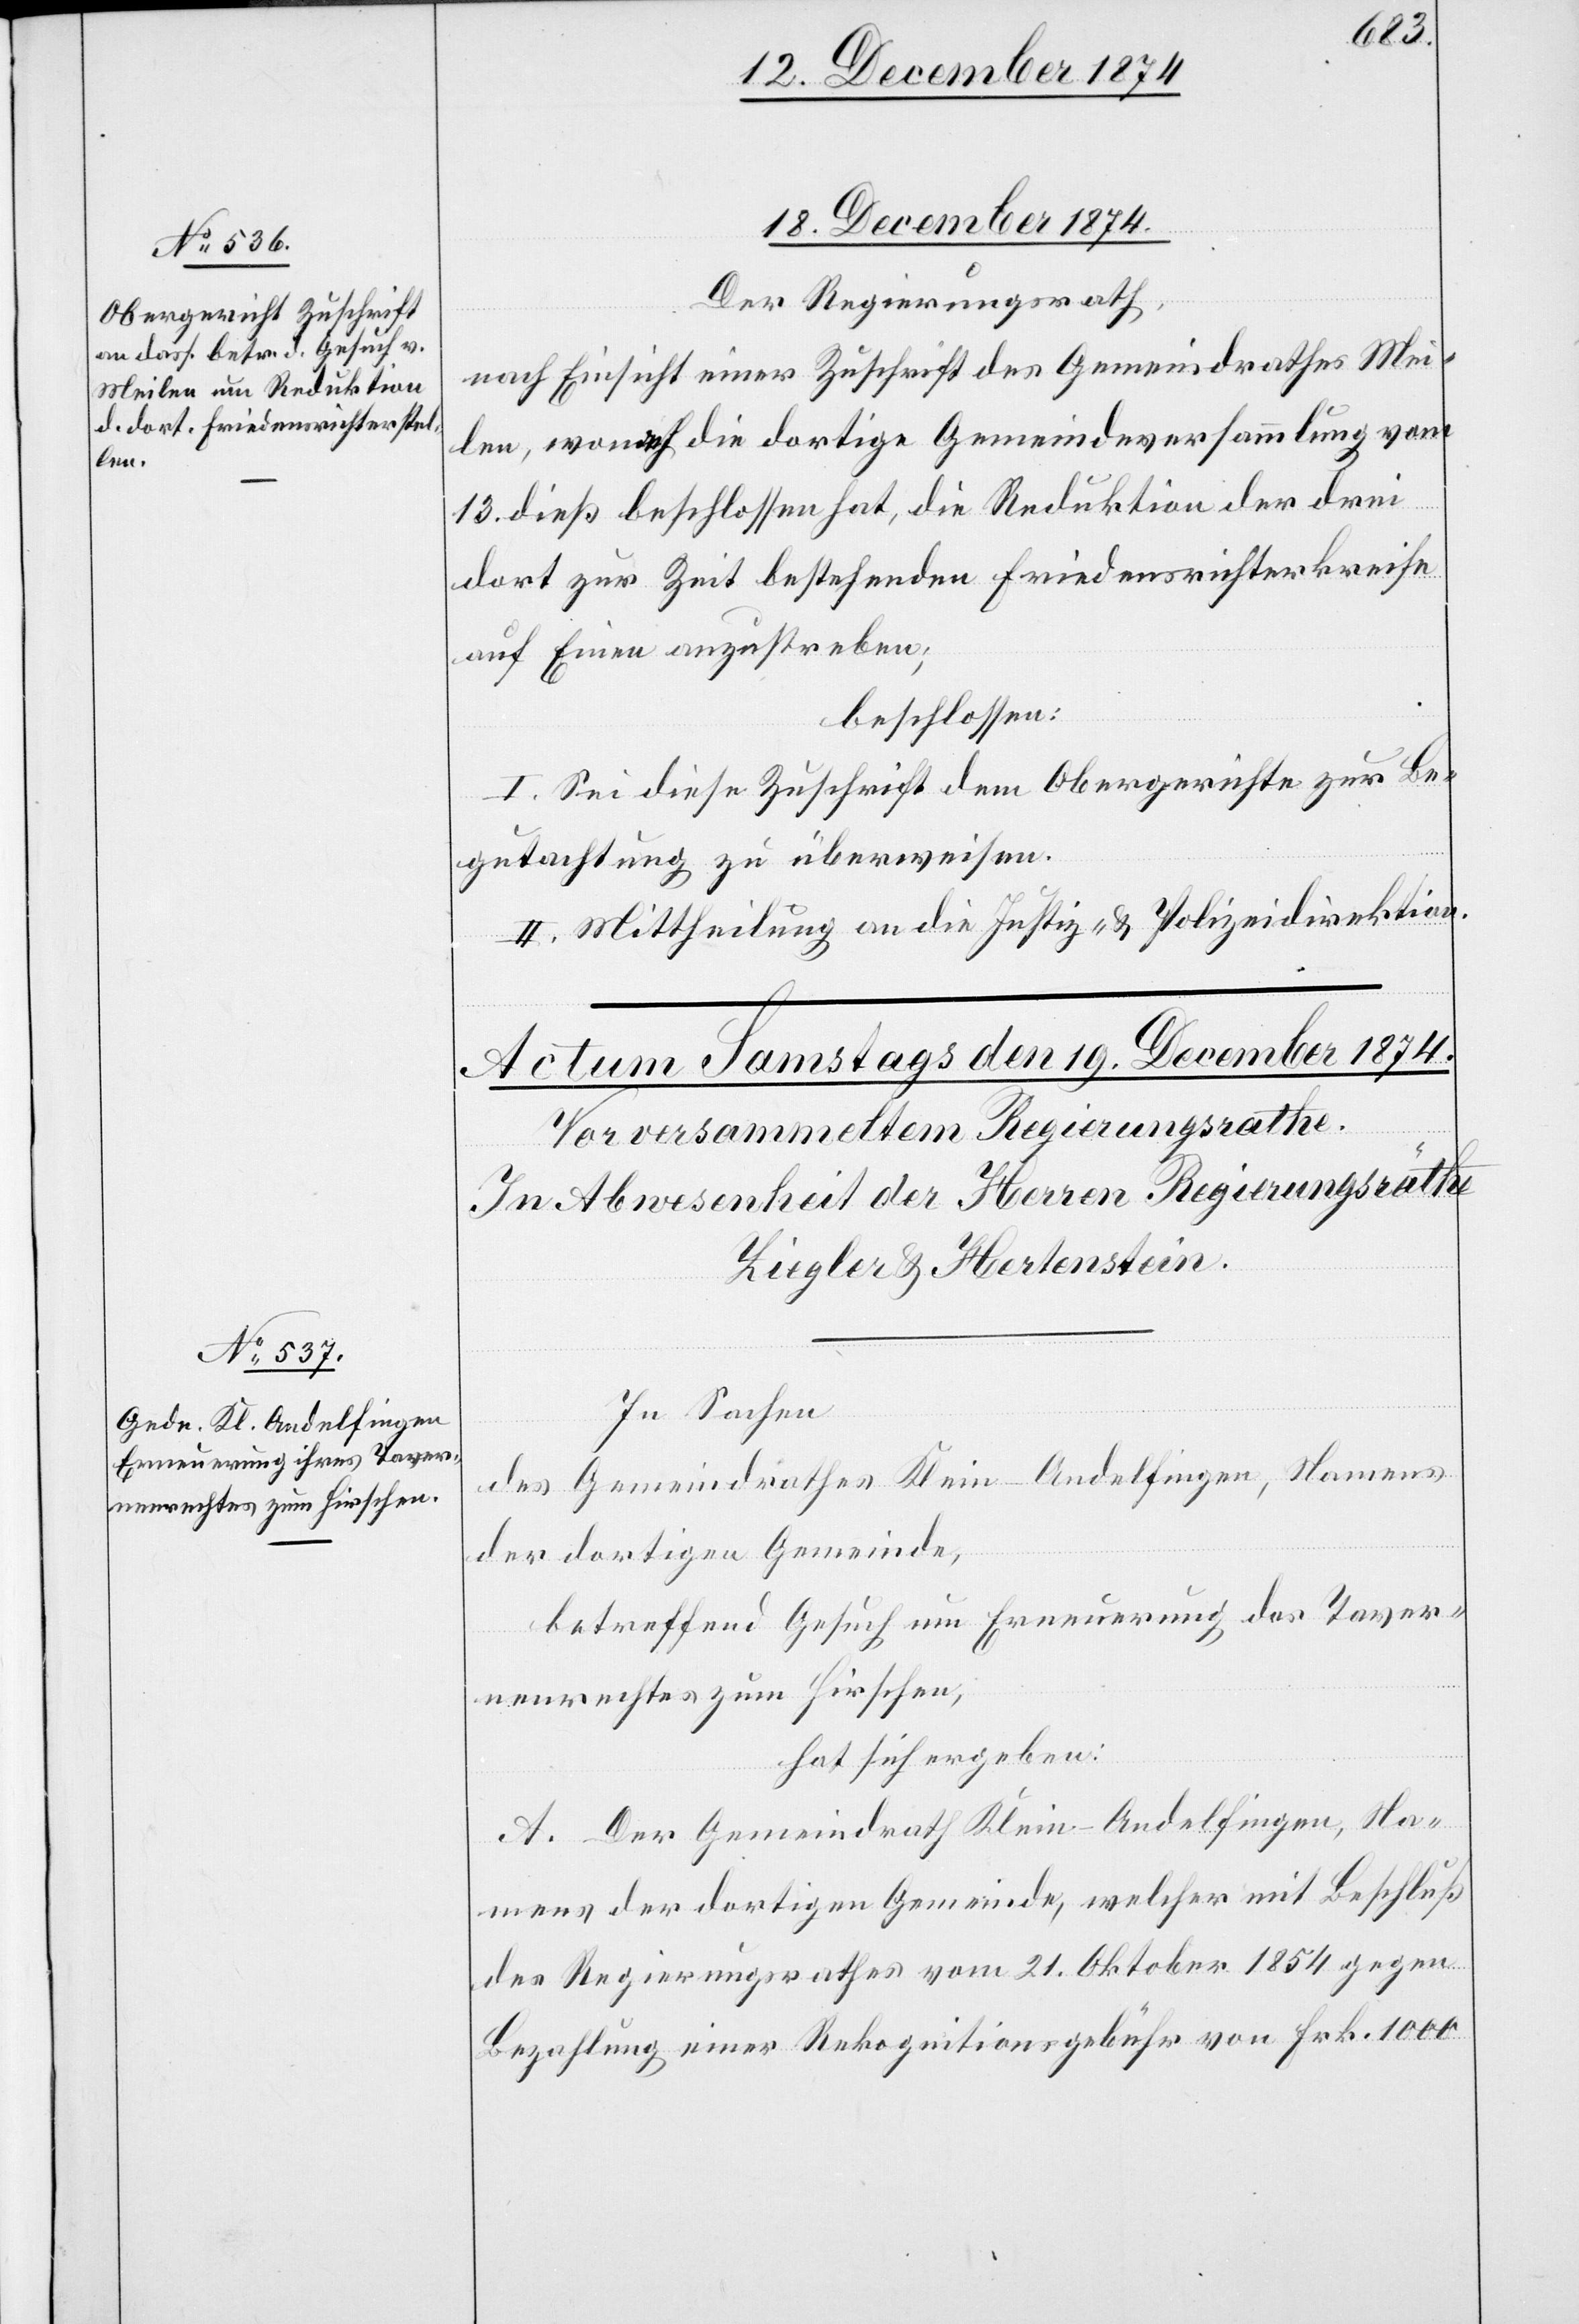
18.
Der Regierungsrath,
nach Einsicht eines Antrages des Gemeindrathes Mei¬
len, wonach die dortige Gemeindsversammlung vom
13. dieß beschlossen hat, die Reduktion der drei
dort zur Zeit bestehenden Friedensrichterkreise
auf Einen anzustreben;
beschlossen:
I. Sei diese Zuschrift dem Obergerichte zur Be¬
gutachtung zu überweisen.
II. Mittheilung an die Justiz- & Polizeidirektion.
In Sachen
des Gemeindrathes Klein-Andelfingen, Namens
der dortigen Gemeinde,
betreffend Gesuch um Erneuerung des Taver¬
nenrechtes zum Hirschen,
hat sich ergeben:
A. Der Gemeindrath Klein-Andelfingen, Na¬
mens der dortigen Gemeinde, welcher mit Beschluß
des Regierungsrathes vom 21. Oktober 1854 gegen
Bezahlung einer Rekognitionsgebühr von Frk. 1000